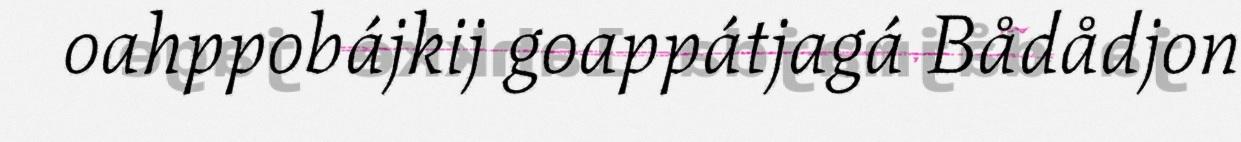
oahppobájkij goappátjagá Bådådjon